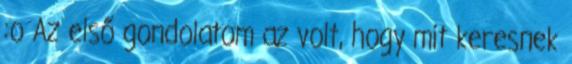
:o Az első gondolatom az volt, hogy mit keresnek